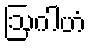
ဩဂါဟံ